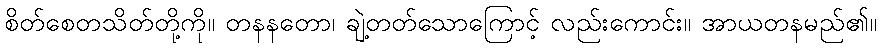
စိတ်စေတသိတ်တို့ကို။ တနနတော၊ ချဲ့တတ်သောကြောင့် လည်းကောင်း။ အာယတနမည်၏။